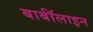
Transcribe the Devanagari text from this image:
बार्बॉलाइन